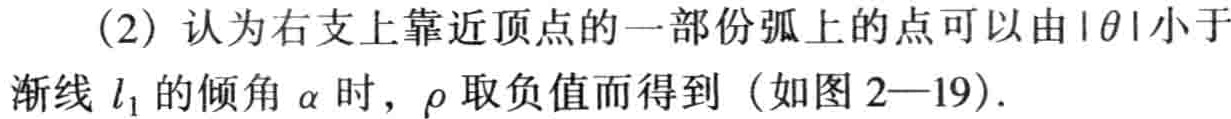
(2) 认为右支上靠近顶点的一部份弧上的点可以由\(\vert\theta\vert\)小于渐线\(l_{1}\)的倾角\(\alpha\)时，\(\rho\)取负值而得到（如图 2—19）.